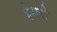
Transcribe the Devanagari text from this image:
ईसरी